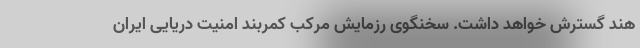
هند گسترش خواهد داشت. سخنگوی رزمایش مرکب کمربند امنیت دریایی ایران